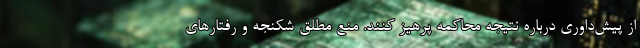
از پیش‌داوری درباره نتیجه محاکمه پرهیز کنند. منع مطلق شکنجه و رفتارهای